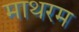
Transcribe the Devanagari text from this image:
माथरम